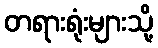
တရားရုံးများသို့